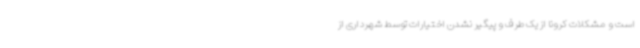
است و مشکلات کرونا از یک طرف و پیگیر نشدن اختیارات توسط شهرداری از